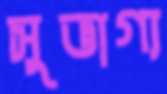
সুভাগ্য